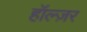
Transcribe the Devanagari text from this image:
हॉल्ज़र